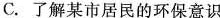
C.了解某市居民的环保意识